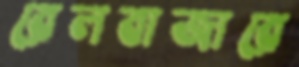
রেলবাজারে